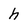
Character: h